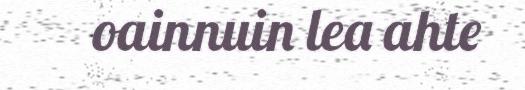
oainnuin lea ahte